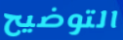
التوضيح